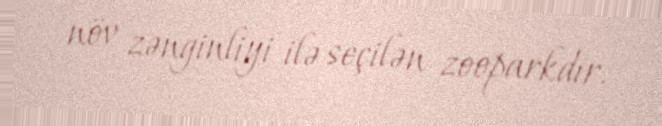
növ zənginliyi ilə seçilən zooparkdır.